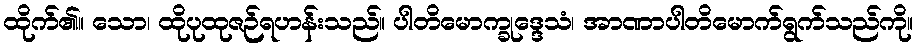
ထိုက်၏။ သော၊ ထိုပုထုဇဉ်ရဟန်းသည်။ ပါတိမောက္ခုဒ္ဒေသံ၊ အာဏာပါတိမောက်ရွက်သည်ကို။